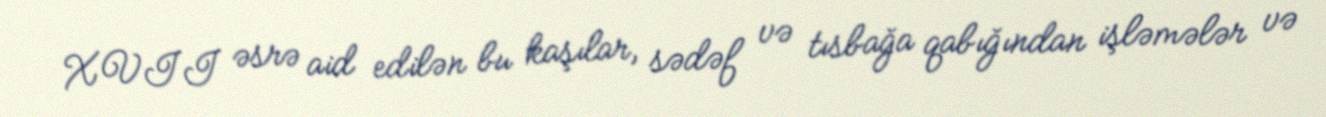
XVII əsrə aid edilən bu kaşılar, sədəf və tısbağa qabığından işləmələr və